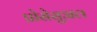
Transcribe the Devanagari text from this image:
प्रोसेसुअल